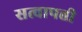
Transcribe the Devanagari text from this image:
सत्वापत्ती